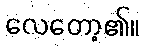
လေတော့၏။